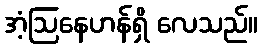
အံ့ဩနေဟန်ရှိ လေသည်။